Sanitation, dispensaries and jails vaccination Rajputana 1922-1927 - 1922-1927
Year: 1922
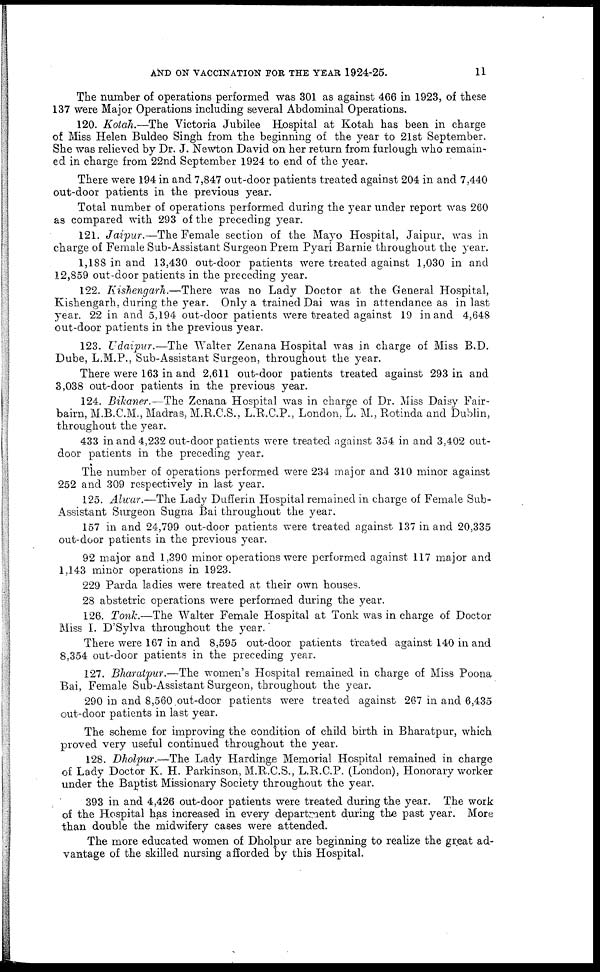
AND ON VACCINATION FOR THE YEAR 1924-25.
11
The number of operations performed was 301 as against 466 in 1923, of these
137 were Major Operations including several Abdominal Operations.
120. Kotah.—The Victoria Jubilee Hospital at Kotah has been in charge
of Miss Helen Buldeo Singh from the beginning of the year to 21st September.
She was relieved by Dr. J. Newton David on her return from furlough who remain-
ed in charge from 22nd September 1924 to end of the year.
There were 194 in and 7,847 out-door patients treated against 204 in and 7,440
out-door patients in the previous year.
Total number of operations performed during the year under report was 260
as compared with 293 of the preceding year.
121. Jaipur.—The Female section of the Mayo Hospital, Jaipur, was in
charge of Female Sub-Assistant Surgeon Prem Pyari Barnie throughout the year.
1,188 in and 13,430 out-door patients were treated against 1,030 in and
12,859 out-door patients in the preceding year.
122. Kishengarh.—There was no Lady Doctor at the General Hospital,
Kishengarh, during the year. Only a trained Dai was in attendance as in last
year. 22 in and 5,194 out-door patients were treated against 19 in and 4,648
out-door patients in the previous year.
123. Udaipur.—The Walter Zenana Hospital was in charge of Miss B.D.
Dube, L.M.P., Sub-Assistant Surgeon, throughout the year.
There were 163 in and 2,611 out-door patients treated against 293 in and
3,038 out-door patients in the previous year.
124. Bikaner.—The Zenana Hospital was in charge of Dr. Miss Daisy Fair-
bairn, M.B.C.M., Madras, M.R.C.S., L.R.C.P., London, L. M., Rotinda and Dublin,
throughout the year.
433 in and 4,232 out-door patients were treated against 354 in and 3,402 out-
door patients in the preceding year.
The number of operations performed were 234 major and 310 minor against
252 and 309 respectively in last year.
125. Alwar.—The Lady Dufferin Hospital remained in charge of Female Sub-
Assistant Surgeon Sugna Bai throughout the year.
157 in and 24,799 out-door patients were treated against 137 in and 20,335
out-door patients in the previous year.
92 major and 1,390 minor operations were performed against 117 major and
1,143 minor operations in 1923.
229 Parda ladies were treated at their own houses.
28 abstetric operations were performed during the year.
126. Tonk.—The Walter Female Hospital at Tonk was in charge of Doctor
Miss I. D'Sylva throughout the year.'
There were 167 in and 8,595 out-door patients treated against 140 in and
8,354 out-door patients in the preceding year.
127. Bharatpur.—The women's Hospital remained in charge of Miss Poona
Bai, Female Sub-Assistant Surgeon, throughout the year.
290 in and 8,560 out-door patients were treated against 267 in and 6,435
out-door patients in last year.
The scheme for improving the condition of child birth in Bharatpur, which
proved very useful continued throughout the year.
128. Dholpur.—The Lady Hardinge Memorial Hospital remained in charge
of Lady Doctor K. H. Parkinson, M.R.C.S., L.R.C.P. (London), Honorary worker
under the Baptist Missionary Society throughout the year.
393 in and 4,426 out-door patients were treated during the year. The work
of the Hospital has increased in every department during the past year. More
than double the midwifery cases were attended.
The more educated women of Dholpur are beginning to realize the great ad-
vantage of the skilled nursing afforded by this Hospital.